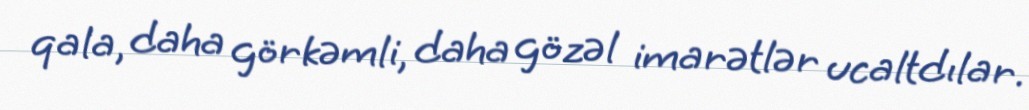
qala, daha görkəmli, daha gözəl imarətlər ucaltdılar.